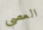
العصي